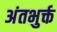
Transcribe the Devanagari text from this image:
अंतभुर्क्त